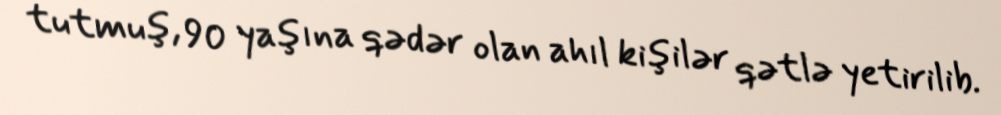
tutmuş, 90 yaşına qədər olan ahıl kişilər qətlə yetirilib.